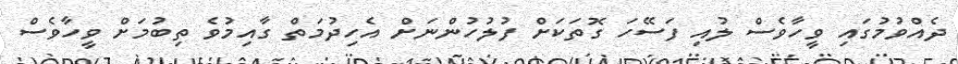
ދެއްވުމުގައި ވީހާވެސް ލުއި ފަސޭހަ ގޮތަކަށް ފުލުހުންނަށް އެހިދުމަތް ގާއިމުވެ ތިބުމަށް ވީހާވެސް